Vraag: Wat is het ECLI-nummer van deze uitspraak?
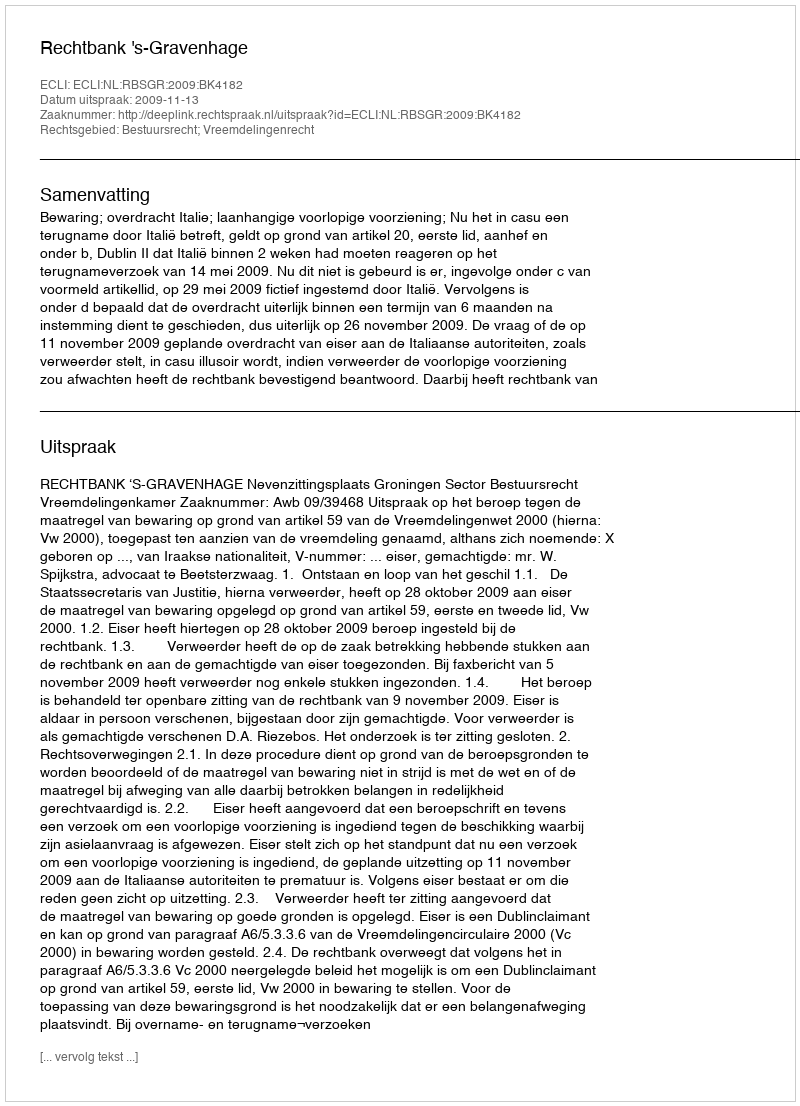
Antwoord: ECLI:NL:RBSGR:2009:BK4182